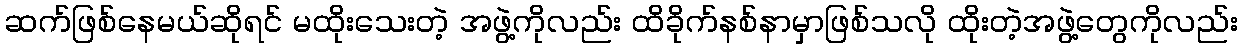
ဆက်ဖြစ်နေမယ်ဆိုရင် မထိုးသေးတဲ့ အဖွဲ့ကိုလည်း ထိခိုက်နစ်နာမှာဖြစ်သလို ထိုးတဲ့အဖွဲ့တွေကိုလည်း